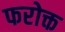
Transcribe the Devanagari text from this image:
फरोक्त